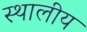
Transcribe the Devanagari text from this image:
स्थालीय